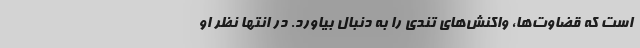
است که قضاوت‌ها، واکنش‌های تندی را به دنبال بیاورد. در انتها نظر او